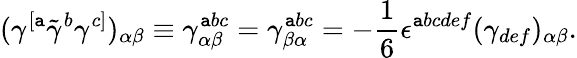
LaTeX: (\gamma^{[\mathtt{a}}\tilde{{\gamma}}^{b}\gamma^{c]})_{\alpha\beta}\equiv\gamma_{\alpha\beta}^{\mathtt{a}bc}=\gamma_{\beta\alpha}^{\mathtt{a}bc}=-{\frac{{1}}{{6}}}\epsilon^{\mathtt{a}bcdef}(\gamma_{def})_{\alpha\beta}.